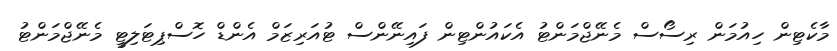
މާކެޓިން ހިއުމަން ރިސޯސް މެނޭޖްމަންޓު އެކައުންޓިން ފައިނޭންސް ޓުއަރިޒަމް އެންޑް ހޮސްޕިޓަލިޓީ މެނޭޖްމަންޓު